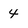
Character: 4